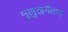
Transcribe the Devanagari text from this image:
मुलुखमैदान